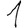
Digit: 1